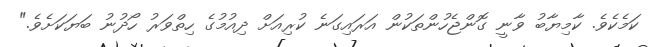
ކަމެކެވެ. ކާމިޔާބު ވާނީ ގޮންޖެހުންތަކުން އަރައިގަނެ ކުރިއަށް ދިއުމުގެ ހިތްވަރު ހޯދުނު ބަޔަކަށެވެ."